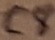
Text: C8